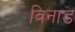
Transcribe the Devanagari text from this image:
विनाड